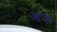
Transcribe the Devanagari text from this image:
आप्शे